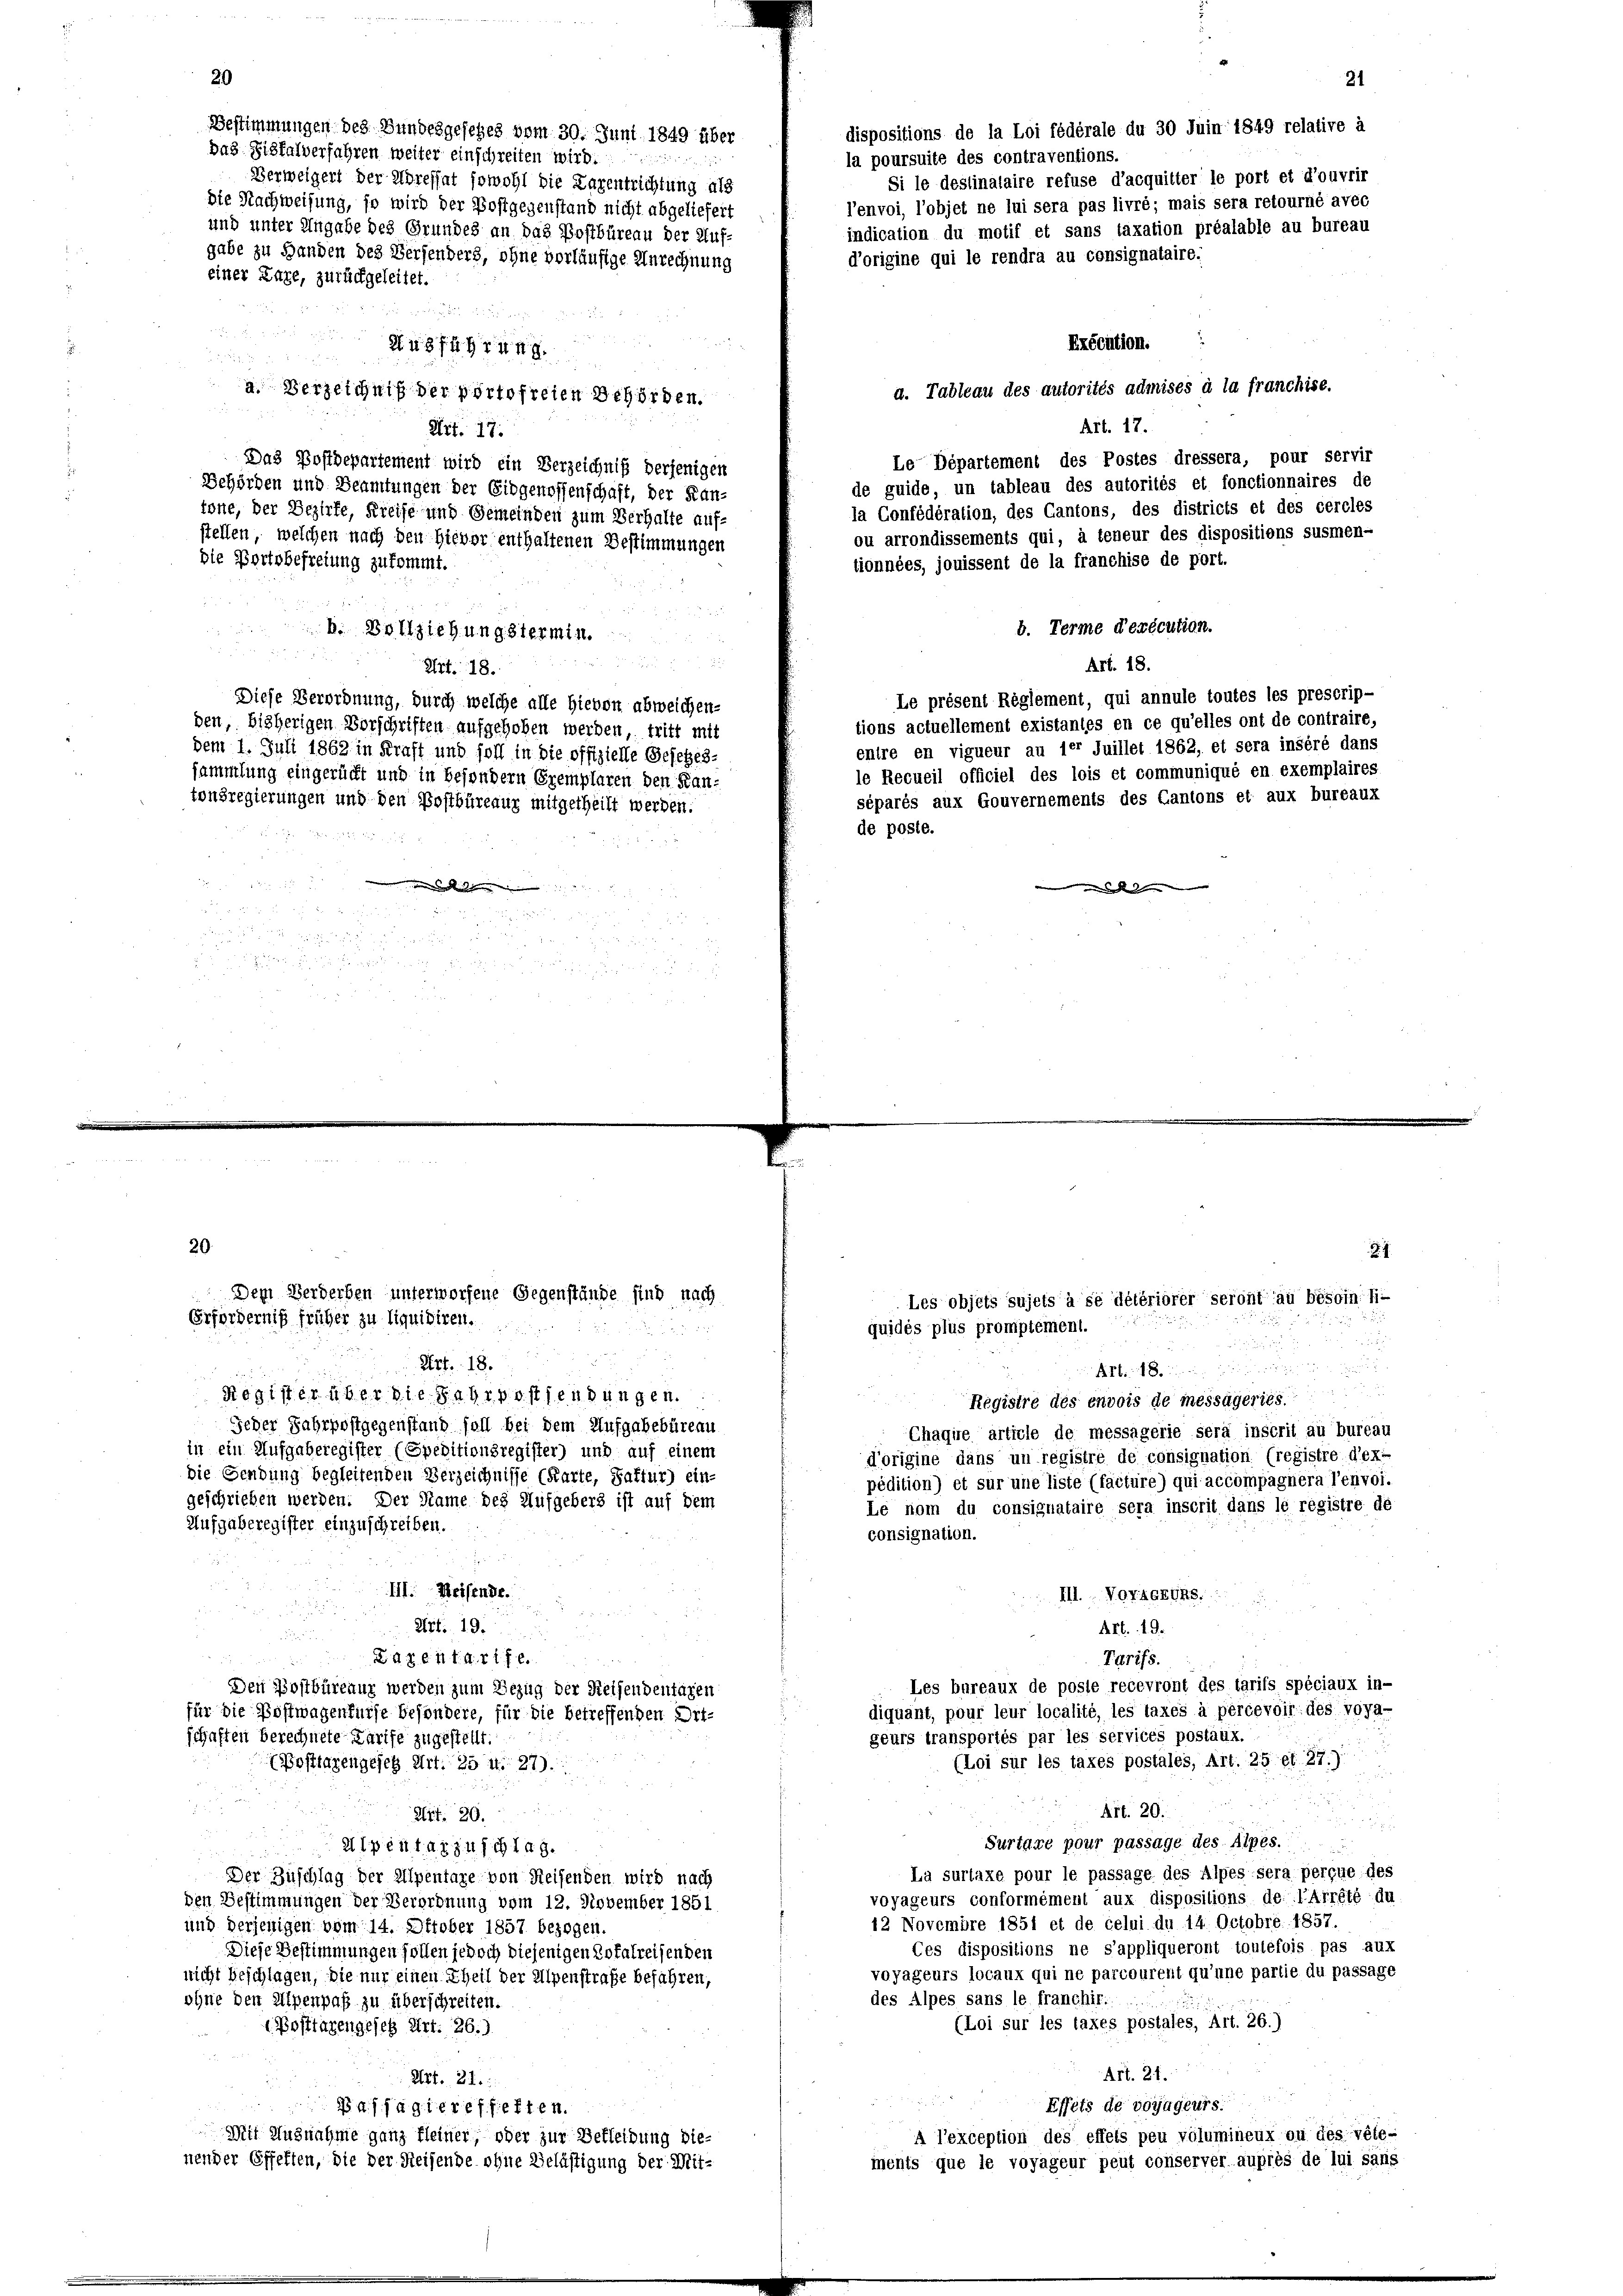
20
Bestimmungen des Bundesgesehes vom 30. Juni 1849 über
das Sitfalverfahren weiter einschreiten wird.
Verweigert der Abrefhat sowohl die Lagentrichtung als
die Nachweisung, so wird der Postgegenstand nicht abgeliefert
und unter Angabe des Grundes an das Postbüreau der Auf-
gabe zu Handen des Verfenders, ohne vorläufige Anrechnung
einer Lage, zurückgeleitet.

Ausführung.
.
2
a. Verzeichniß der portofreien Behörden.

Art. 17.
Das Postdepartement wird ein Verzeichniß derjenigen
Behörden und Beamtungen der Eidgenossenschaft, der Kan-
tone, der Bezirke, Kreise und Gemeinden zum Verhalte auf-
stellen, welchen nach den Hievor enthaltenen Bestimmungen
die Portsbefreiung zukommt.
s
b. Vollziehungstermin
 x
Art. 18.
Diese Verordnung, durch welche alle hievon abweichen-
den bisherigen Vorschriften aufgehoben werden, tritt mit
dem 1. Juli 1862 in Kraft und soll in die offizielle Gesetzes-
sammlung eingerücht und in besondern Eremplaren den Kan-
tonsregierungen und den Postbüreaur mitgetheilt werden.

 eine Reisen

.

20

schaften berechnete Karife zugestellt.

u
u

Annien viendigen werde

Register über die Fahrpostendungen.
Registre des envois de messägeries
Jeder Jahrpostgegenstand soll bei dem Aufgabebüreau
Chaque article de messagerie sera inscrit au bureau
in ein Aufgaberegister (Speditionsregister) und auf einem
d’origine dans un registré de consignation (registre d’ex-
die Gendung begleitenden Verzeichnisse (Karte, Sattur) ein-
pédition) et sur une liste (facture) qui accompagnera l’envoi.
geschrieben werden. Der Name des Aufgebers ist auf dem
Le nom du consignataire sera inscrit dans le registre de
Aufgaberegister einzuschreiben.
consignation.
III. Weisende.
III. VORAGEURs.
Art. 19.
Art. 19.
242. 641 Art.
Tarifs.
Les bureaux de posie recevront des tarifs spéciaux in-
Den Postbüreaur werden zum Bezug der Reisendentagen
diquant, pour leur localité, les taxes à percevoir des voya-
für die Postwagenfürse besondere, für die betreffenden Ort-
geurs transportés par les servicés postaux.
(Loi sur les taxes postales, Art. 25 et 27.)
Posttarengeses Art. 25 u. 27).
.
i
Art. 20.
Art. 29

Surtare pour passage des Alpes.
Alpentarzuschlag.
La surtaxe pour le passage des Alpes sera perçue des
Der Zuschlag der Alpentage von Reisenden wird nach
voyageurs conformément aux dispositions de l’arrêté du
den Bestimmungen der Verordnung vom 12. November 1851
12 Novembre 1851 et de celui du 14. Octobre. 1857.
und derjenigen vom 14. Oktober 1857 bezogen.
Ces dispositions ne s’appliqueront toutefois pas aux
Diese Bestimmungen sollen jedoch diejenigen Dotalreisenden
voyageurs locaux qui ne parcourent qu’une partie du passage
nicht beschlagen, die nur einen Theil der Alpenstrafe befahren,
des Alpes sans le franchir.
ohne den Alpenpaß zu überschreiten.
(Loi sur les taxes postales, Art. 26.)
1. Posttagengesetz Art. 26.)
Art. 21.
Art. 21.
Effets de voyageurs.
Passagiereffetten.
Mit Ausnahme ganz fleiner, oder zur Bekleidung die-
A l’exception des effets peu volumineux ou des vête-
nender Effekten, die der Reisende ohne Belästigung der Mit-
menis que le voyageur peut conserver- auprès de lui sans

Dem Herderben unterworfene Gegenstände sind nach
Erfordernig früher zu liquidiren.

l’envoi, l’objet ne lui sera pas livré; mais sera retourné avec
indication du motif et sans taxation préalable au bureau
d’origine qui le rendra au consignataire.
Exécution.
d. Tableau des autorités admises à la franchise.
Art. 17.
Le Departement des Postes dressera, pour servir
de guide, un tableau des autorités et fonctionnaires de
la Confédération, des Cantons, des districts et des cercles
ou arrondissements qui, à teneur des dispositions susmen-
tionnées, jouissent de la franchise de port.
b. Terme d’exécution.
Art. 18.
Le présent Reglement, qui annule toutes les prescrip-
tions actuellement existantes en ce qu’elles ont de contraire,
entre en vigueur au ler Juillet 1862, et sera inséré dans
le Recueil officiel des lois et communiqué en exemplaires
séparés aux Gouvernements des Cantons et aux bureaux
de poste.

dispositions de la Loi fédérale du 30 Juin 1849 relative à
la poursuite des contraventions.
Si le deslinalaire refuse d’acquitter le port et d’ouvrir

Les objets sujets à se détériorer seront au besoin hi-
quidés plus promptement.

21

.